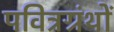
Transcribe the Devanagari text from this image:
पवित्रग्रंथों